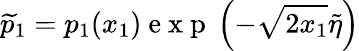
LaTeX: \widetilde{p}_{1}=p_{1}(x_{1})\mathrm{~e~x~p~}\left(-\sqrt{2x_{1}}\widetilde{\eta}\right)